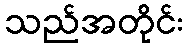
သည်အတိုင်း